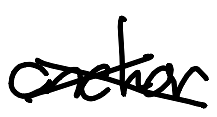
Text: anchor
Cross-out: cross
Writing tool: digital_black